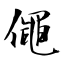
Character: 僶